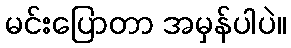
မင်းပြောတာ အမှန်ပါပဲ။